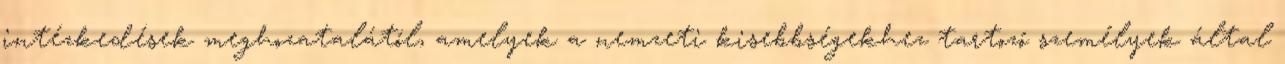
intézkedések meghozatalától, amelyek a nemzeti kisebbségekhez tartozó személyek által